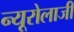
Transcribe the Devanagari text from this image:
न्यूरोलाजी